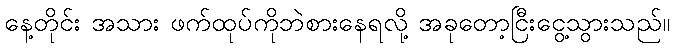
နေ့တိုင်း အသား ဖက်ထုပ်ကိုဘဲစားနေရလို့ အခုတော့ငြီးငွေ့သွားသည်။